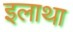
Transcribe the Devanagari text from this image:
इलाथा